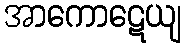
အာကောဋေယျ